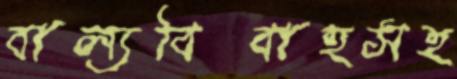
বাল্যবিবাহসহ